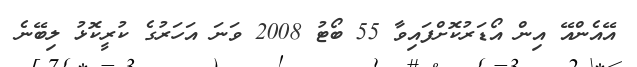
އޭއެންއޭ އިން އޯޑަރުކޮށްފައިވާ 55 ބޯޓު 2008 ވަނަ އަހަރުގެ ކުރީކޮޅު ލިބޭނެ